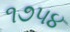
૧૭૫૪